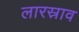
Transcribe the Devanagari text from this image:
लारस्राव